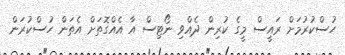
ހުސްކުރުމަށް ރައީސް މީގެ ކުރިން ދެއްވި ނޯޓިސް އާ އެއްގޮތަށް އެތަން ހުސްކުރަން